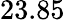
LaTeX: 23.85